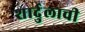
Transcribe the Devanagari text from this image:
शार्दुलाची